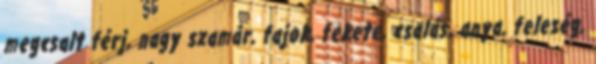
megcsalt férj, nagy szamár, fajok, fekete, csalás, anya, feleség,